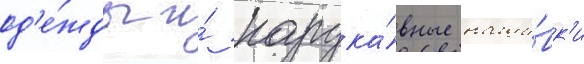
од'е́жды и́ нарука́вные наши́вк'и